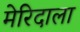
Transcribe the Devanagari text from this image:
मेरिदाला